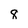
Character: 8